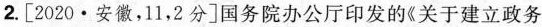
2.[2020·安徽，11，2分]国务院办公厅印发的《关于建立政务